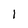
Character: 1